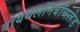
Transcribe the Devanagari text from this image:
बायथलॉनबॉब्स्लेड